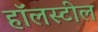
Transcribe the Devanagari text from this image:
हॉलस्टील